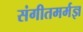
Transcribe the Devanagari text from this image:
संगीतमर्मज्ञ